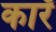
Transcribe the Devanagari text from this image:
कारँ